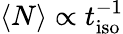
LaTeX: \langle N\rangle\propto t_{\mathrm{iso}}^{-1}